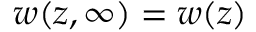
w ( z , \infty ) = w ( z )